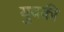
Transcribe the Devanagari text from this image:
युवकी